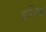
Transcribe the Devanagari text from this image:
इधिक